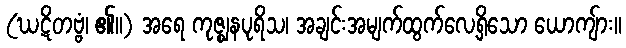
(ဃဋိတဗ္ဗံ၊ ၏။) အရေ ကုဇ္ဈနပုရိသ၊ အချင်းအမျက်ထွက်လေ့ရှိသော ယောကျ်ား။